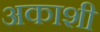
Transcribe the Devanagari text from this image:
अकाशी